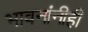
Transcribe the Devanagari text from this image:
भावनांनीही